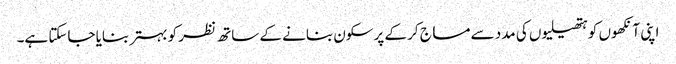
اپنی آنکھوں کو ہتھیلیوں کی مدد سے مساج کر کے پرسکون بنانے کے ساتھ نظر کو بہتر بنایا جاسکتا ہے۔